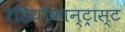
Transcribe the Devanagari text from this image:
रेडियोकान्ट्रास्ट